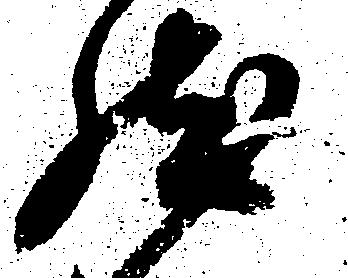
然